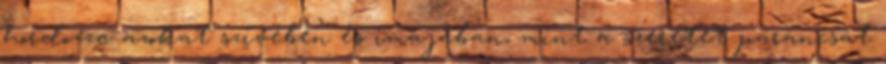
hordozza azokat szívében és imájában, mint a szeretet parancsát